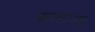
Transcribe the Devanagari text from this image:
कन्हय्या